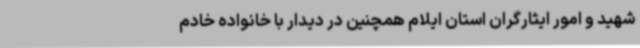
شهید و امور ایثارگران استان ایلام همچنین در دیدار با خانواده خادم